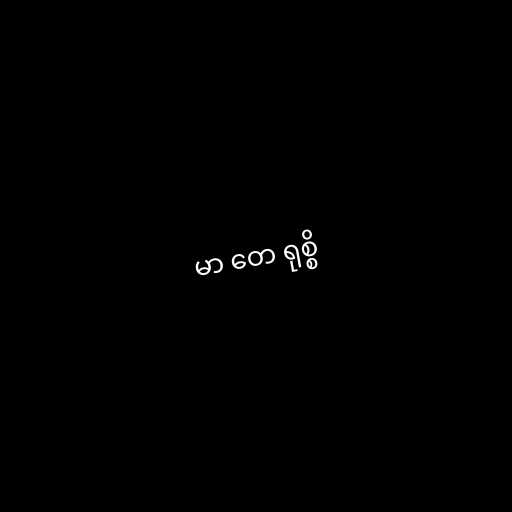
မာ တေ ရုစ္စိ